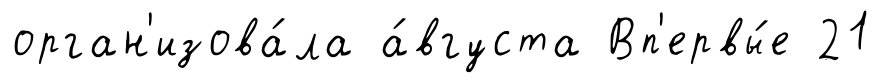
орган'изова́ла а́вгуста Вп'ервы́е 21